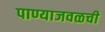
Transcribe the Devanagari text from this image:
पाण्याजवळची